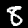
Label: 8